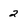
Character: 2